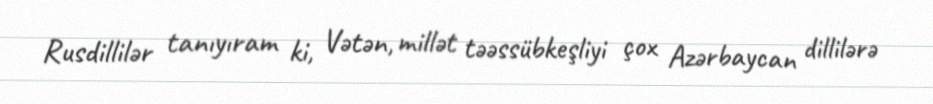
Rusdillilər tanıyıram ki, Vətən, millət təəssübkeşliyi çox Azərbaycan dillilərə